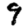
Digit: 9